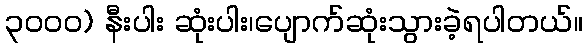
၃၀၀၀) နီးပါး ဆုံးပါး၊ပျောက်ဆုံးသွားခဲ့ရပါတယ်။